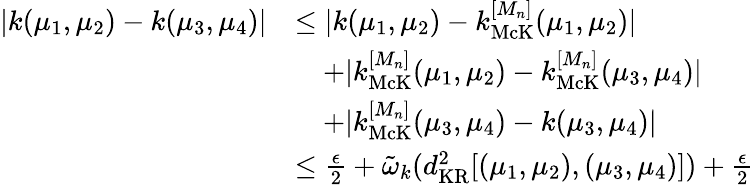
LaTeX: \begin{array}{rl}{|k(\mu_{1},\mu_{2})-k(\mu_{3},\mu_{4})|}&{\leq|k(\mu_{1},\mu_{2})-k_{\mathrm{McK}}^{[M_{n}]}(\mu_{1},\mu_{2})|}\\ &{\quad+|k_{\mathrm{McK}}^{[M_{n}]}(\mu_{1},\mu_{2})-k_{\mathrm{McK}}^{[M_{n}]}(\mu_{3},\mu_{4})|}\\ &{\quad+|k_{\mathrm{McK}}^{[M_{n}]}(\mu_{3},\mu_{4})-k(\mu_{3},\mu_{4})|}\\ &{\leq\frac\epsilon 2+\tilde{\omega}_{k}(d_{\mathrm{KR}}^{2}[(\mu_{1},\mu_{2}),(\mu_{3},\mu_{4})])+\frac\epsilon 2}\end{array}